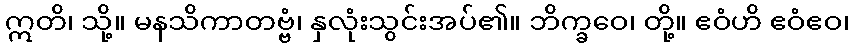
ဣတိ၊ သို့။ မနသိကာတဗ္ဗံ၊ နှလုံးသွင်းအပ်၏။ ဘိက္ခဝေ၊ တို့။ ဧဝံဟိ ဧဝံဧဝ၊